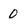
Character: 0